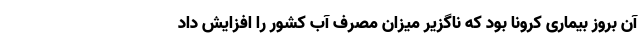
آن بروز بیماری کرونا بود که ناگزیر میزان مصرف آب کشور را افزایش داد